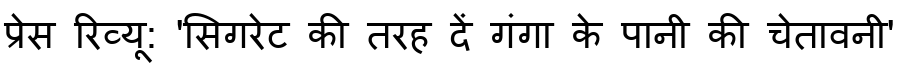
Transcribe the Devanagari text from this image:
प्रेस रिव्यू: 'सिगरेट की तरह दें गंगा के पानी की चेतावनी'